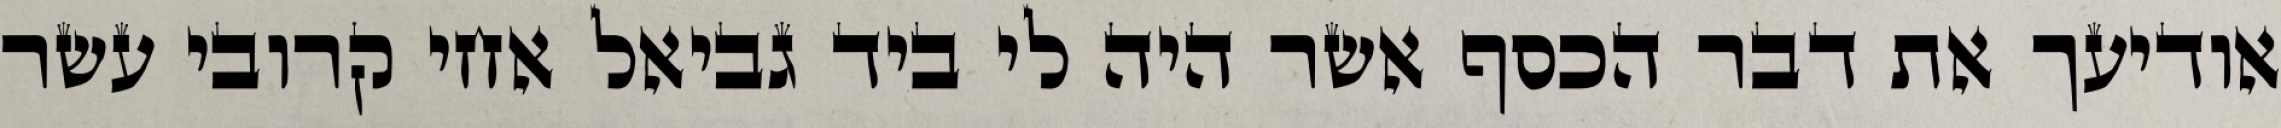
אודיעך את דבר הכסף אשר היה לי ביד גביאל אחי קרובי עשר